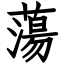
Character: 蕩